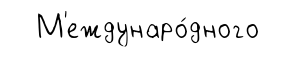
М'еждунаро́дного